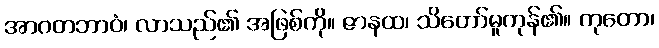
အာဂတဘာဝံ၊ လာသည်၏ အဖြစ်ကို။ ဇာနထ၊ သိတော်မူကုန်၏။ ကုတော၊